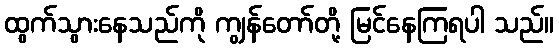
ထွက်သွားနေသည်ကို ကျွန်တော်တို့ မြင်နေကြရပါ သည်။